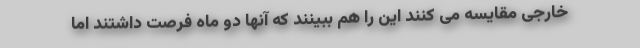
خارجی مقایسه می کنند این را هم ببینند که آنها دو ماه فرصت داشتند اما